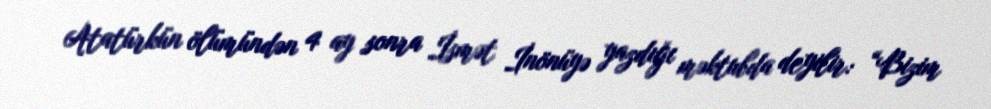
Atatürkün ölümündən 4 ay sonra İsmət İnönüyə yazdığı məktubda deyilir: “Bizim